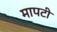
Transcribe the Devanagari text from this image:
मापटी